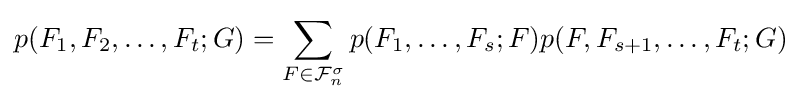
p(F_{1},F_{2},\ldots ,F_{t};G)=\sum _{F\in {\mathcal {F}}_{n}^{\sigma }}p(F_{1},\ldots ,F_{s};F)p(F,F_{s+1},\ldots ,F_{t};G)